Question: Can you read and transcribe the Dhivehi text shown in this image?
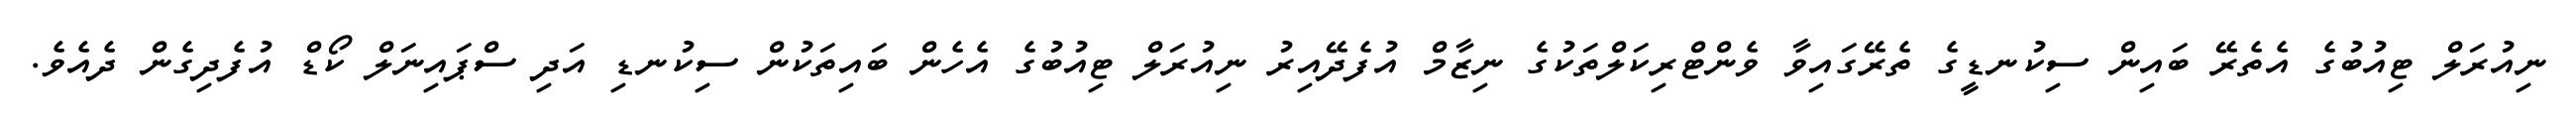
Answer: ނިއުރަލް ޓިއުބުގެ އެތެރޭ ބައިން ސިކުނޑީގެ ތެރޭގައިވާ ވެންޓްރިކަލްތަކުގެ ނިޒާމް އުފެދޭއިރު ނިއުރަލް ޓިއުބުގެ އެހެން ބައިތަކުން ސިކުނޑި އަދި ސްޕައިނަލް ކޯޑް އުފެދިގެން ދެއެވެ.